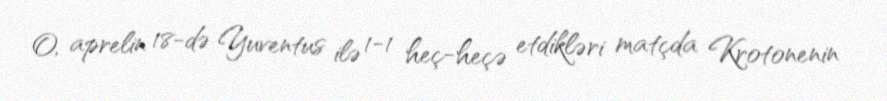
O, aprelin 18-də Yuventus ilə 1-1 heç-heçə etdikləri matçda Krotonenin